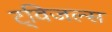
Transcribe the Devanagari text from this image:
ट्विजल्स